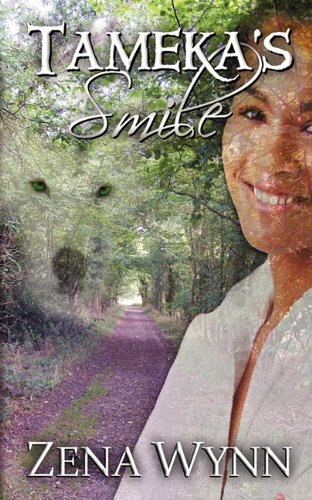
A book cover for Tameka's Smile; Zena Wynn; Romance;